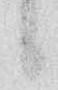
候